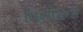
વિનોદનો